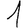
Digit: 1